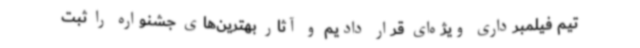
تیم فیلمبرداری ویژه‌ای قرار دادیم و آثار بهترین‌های جشنواره را ثبت